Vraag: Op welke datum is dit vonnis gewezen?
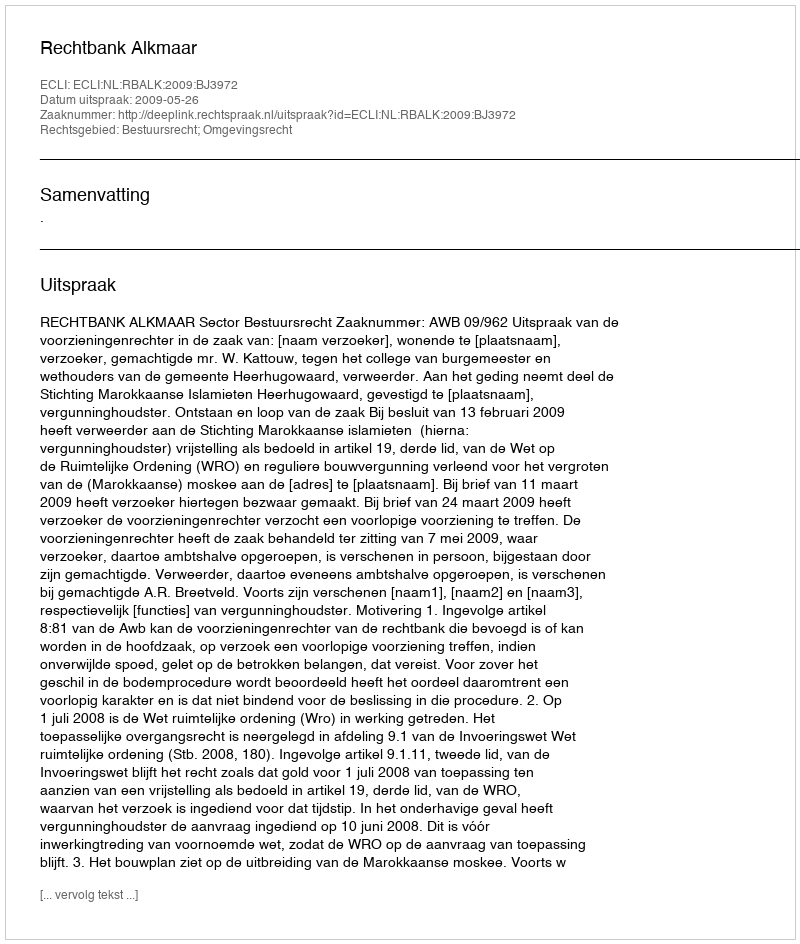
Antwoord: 2009-05-26